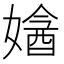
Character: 㜝